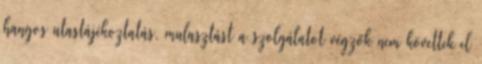
hangos utastájékoztatás, mulasztást a szolgálatot végzők nem követtek el